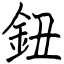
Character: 鈕